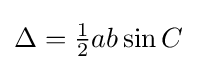
\Delta ={\tfrac {1}{2}}ab\sin {C}